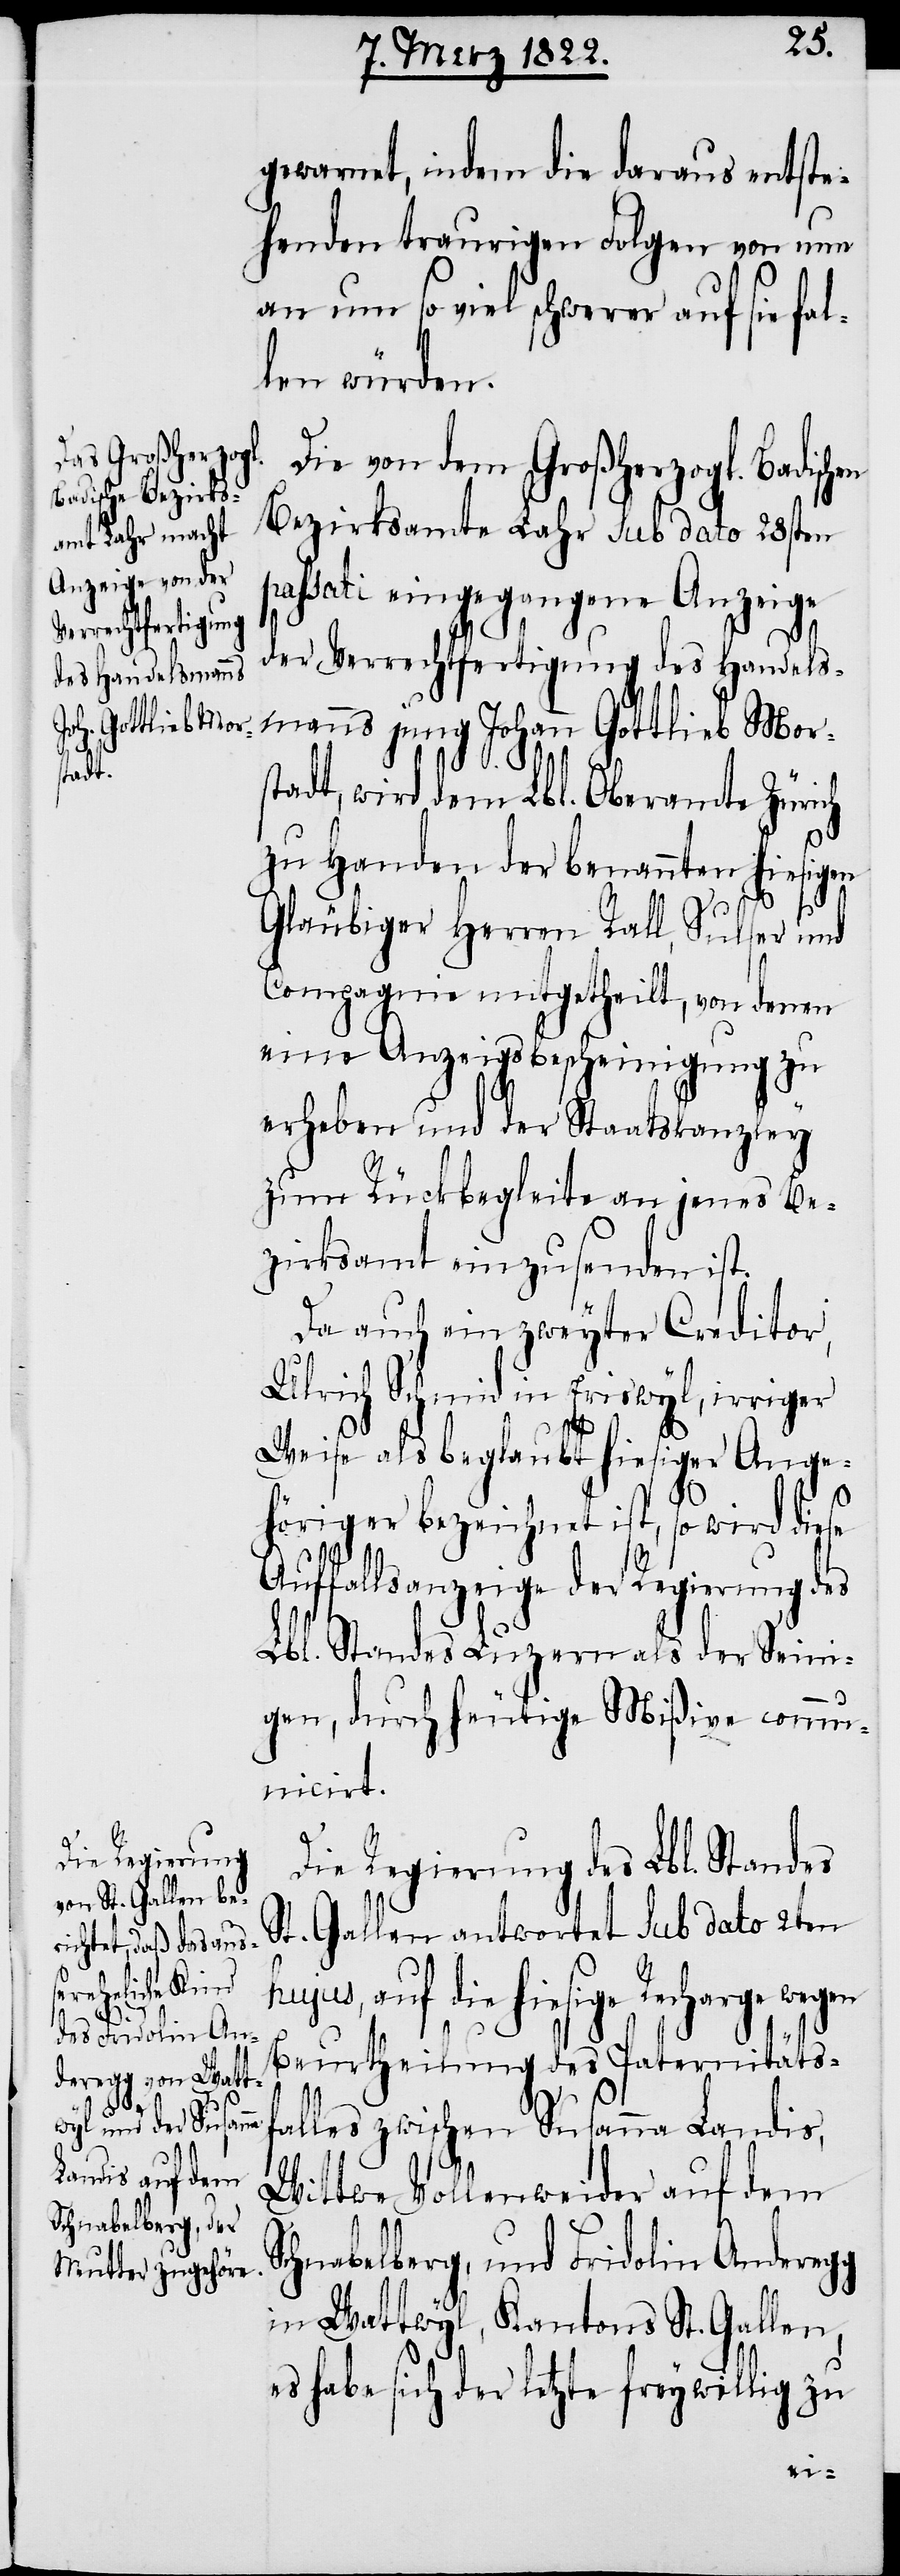
gewarnet, indem die daraus entste¬
henden traurigen Folgen von nun
an um so viel schwerer auf sie fal¬
len würden.
Die von dem Großherzogl. Badischen
Bezirksamte Lahr sub dato 28sten
passati eingegangene Anzeige
der Verrrechtfertigung des Handels¬
mannes jung Johann Gottlieb Mor¬
stadt, wird dem Lbl. Oberamte Zürich
zu Handen der benannten hiesigen
Gläubiger Herrn Rall, Sulser, und
Compagnie mitgetheilt, von denen
eine Anzeigsbescheinigung zu
erheben und der Staatskanzley
zum Rückbegleite an jenes Be¬
zirksamt einzusenden ist.
Da auch ein zweyter Creditor
Ulrich Schmid in Eriswyl, irriger
Weise als beglaubt hiesiger Ange¬
höriger bezeichnet ist, so wird diese
Auffallsanzeige der Regierung des
Lbl. Standes Luzern als der Seini¬
gen, durch heutige Mißive commu¬
nicirt.
Die Regierung des Lbl. Standes
St. Gallen antwortet sub dato 2ten
auf die hiesige Recharge
Beurtheilung des Paternitätsf¬
alles zwischen Susanna Landis,
Wittwe Vollenweider auf dem
Schnabelberg, und Fridolin Anderegg
in Wattwyl, Kantons St. Gallen,
es habe sich der letzte freywillig zu